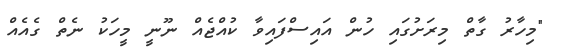
"މިހާރު ގާތް މިރަށުގައި ހުން އައިސްފައިވާ ކުއްޖެއް ނޫނީ މީހަކު ނެތް ގެއެއް